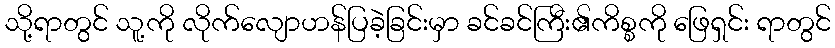
သို့ရာတွင် သူ့ကို လိုက်လျောဟန်ပြခဲ့ခြင်းမှာ ခင်ခင်ကြီး၏ကိစ္စကို ဖြေရှင်း ရာတွင်